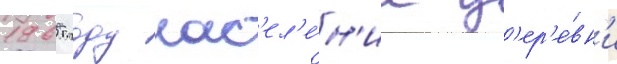
1965 году нас'ел'е́н'ие д'ер'е́вн'и